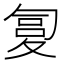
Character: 𰋏